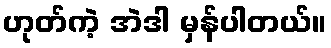
ဟုတ်ကဲ့ အဲဒါ မှန်ပါတယ်။